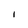
Character: I